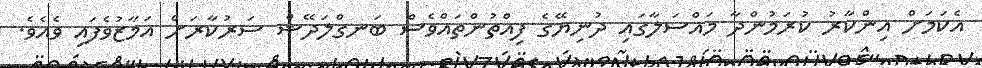
އެކަމަށް އިންކާރު ކުރަމުންދާ މައްސަލާގައި ދުނިޔޭގެ ފިއްތުންތައްވެސް ބަނގްލަދޭޝް ސަރުކާރަށް އަމާޒުވެފައި ވެއެވެ.